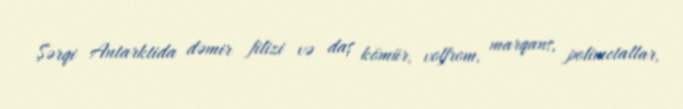
Şərqi Antarktida dəmir filizi və daş kömür, volfrom, marqans, polimetallar,